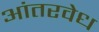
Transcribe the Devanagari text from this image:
आंतरवेध